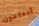
أتعلمون